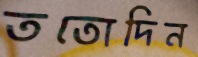
ততোদিন